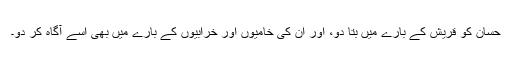
حسان کو قریش کے بارے میں بتا دو، اور ان کی خامیوں اور خرابیوں کے بارے میں بھی اسے آگاہ کر دو۔